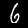
Digit: 6